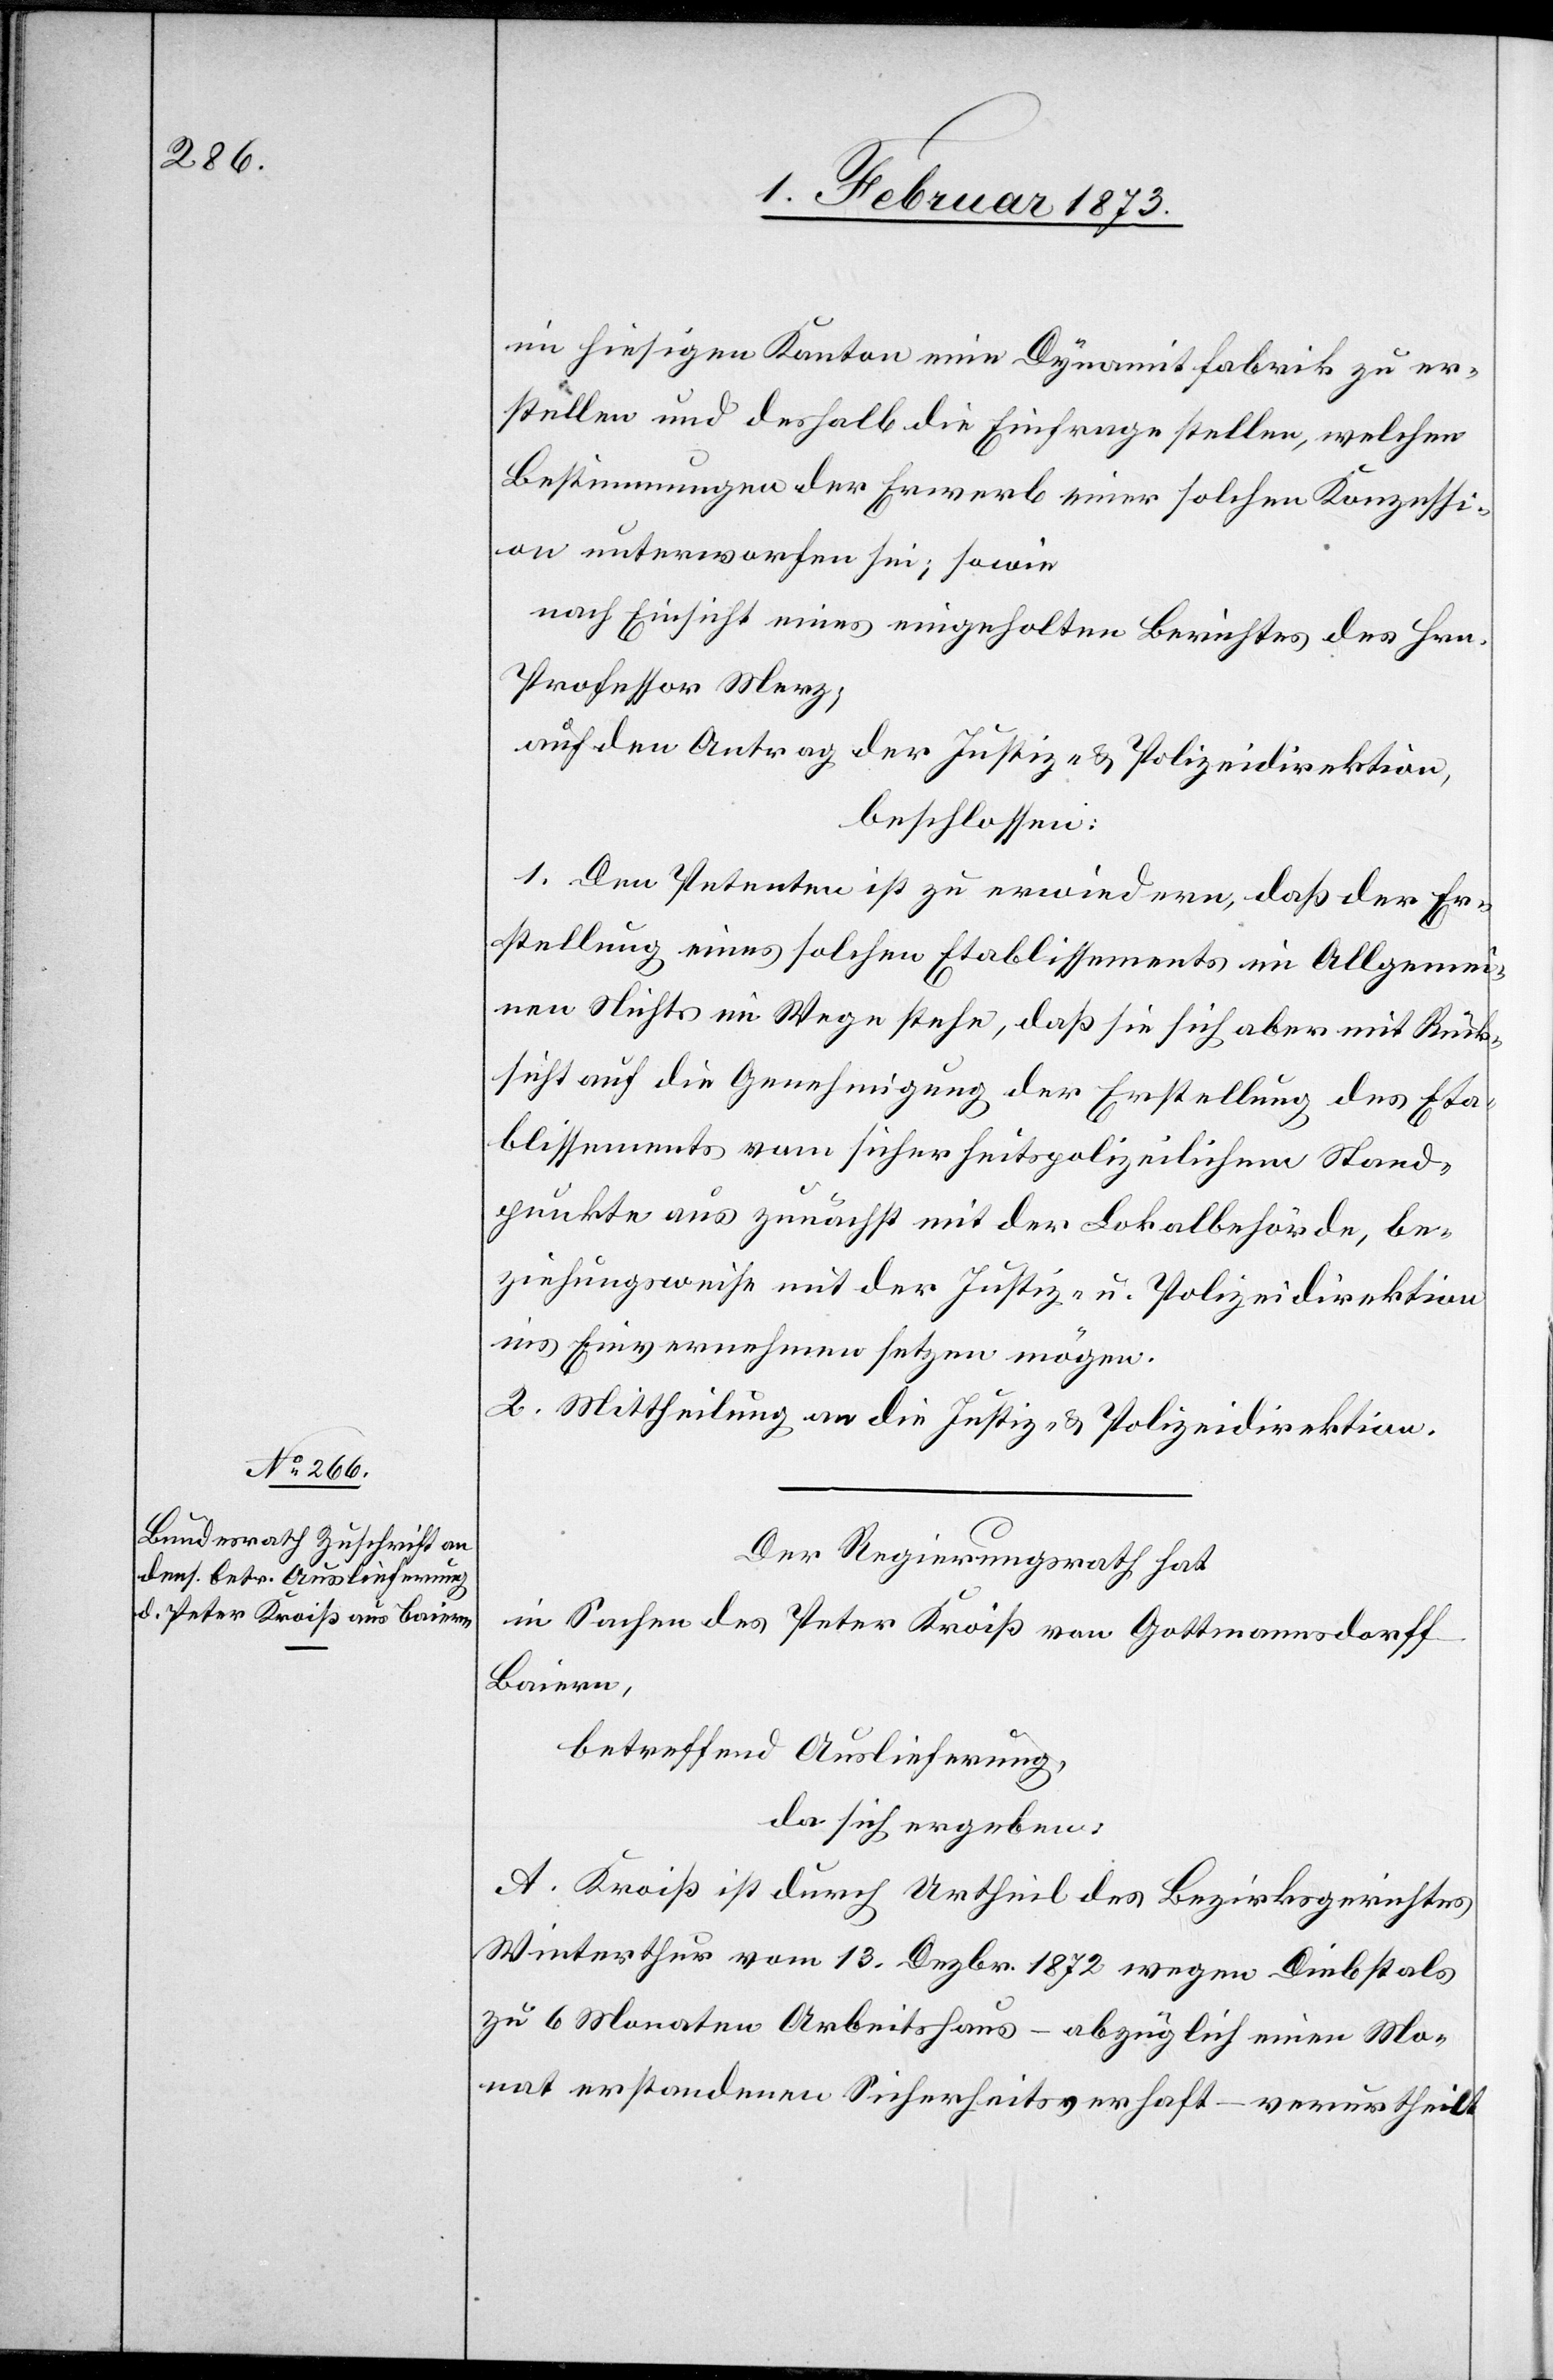
im hiesigen Kanton eine Dynamitfabrik zu er¬
stellen und deshalb die Einfrage stellen, welchen
Bestimmungen der Erwerb einer solchen Konzessi¬
on unterworfen sei, sowie
nach Einsicht eines eingeholten Berichtes des Hrn.
Professor Merz,
auf den Antrag der Justiz- u. Polizeidirektion,
beschlossen:
1. Den Petenten ist zu erwiedern, daß der Er¬
stellung eines solchen Etablissements im Allgemei¬
nen Nichts im Wege stehe, daß sie sich aber mit Rück¬
sicht auf die Genehmigung der Erstellung des Eta¬
blissements vom sicherheitspolizeilichem [sic!] Stand¬
punkte aus zunächst mit der Lokalbehörde, be¬
ziehungsweise mit der Justiz- u. Polizeidirektion
ins Einvernehmen setzen mögen.
2. Mittheilung an die Justiz- u. Polizeidirektion.
Der Regierungsrath hat
in Sachen des Peter Kroiß von Gottmannsdorf-B¬
aiern,
betreffend Auslieferung
da sich ergeben:
A. Kroiß ist durch Urtheil des Bezirksgerichtes
Winterthur vom 13. Dezbr. 1872 wegen Diebstals
zu 6 Monaten Arbeitshaus – abzüglich einen Mo¬
nat erstandenen Sicherheitsverhaft – verurtheilt